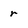
Character: r